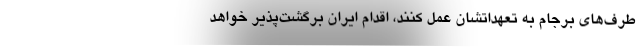
طرف‌های برجام به تعهداتشان عمل کنند، اقدام ایران برگشت‌پذیر خواهد